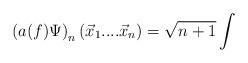
LaTeX: \begin{align*}\left( a(f)\Psi \right) _{n}(\vec{x}_{1}....\vec{x}_{n})=\sqrt{n+1}\int\end{align*}